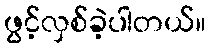
ဖွင့်လှစ်ခဲ့ပါတယ်။